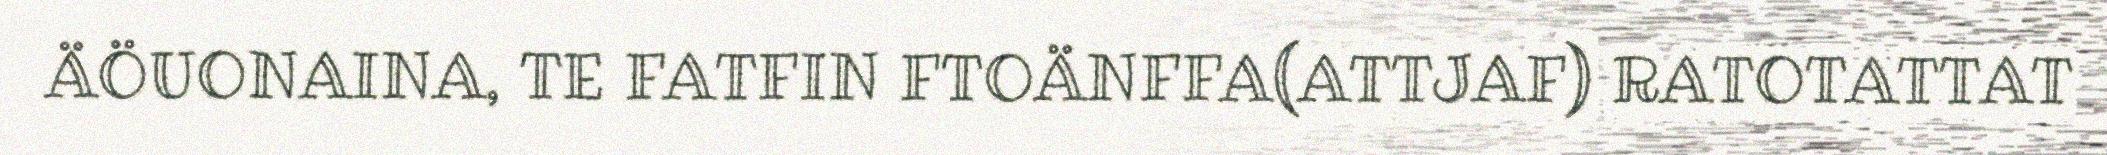
ÄÖUONAINA, TE FATFIN FTOÄNFFA(ATTJAF) RATOTATTAT